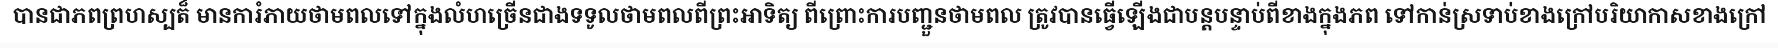
បានជាភពព្រហស្បត៏ មានការំភាយថាមពលទៅក្នុងលំហច្រើនជាងទទូលថាមពលពីព្រះអាទិត្យ ពីព្រោះការបញ្ជួនថាមពល ត្រូវបានធ្វើឡើងជាបន្តបន្ទាប់ពីខាងក្នុងភព ទៅកាន់ស្រទាប់ខាងក្រៅបរិយាកាសខាងក្រៅ